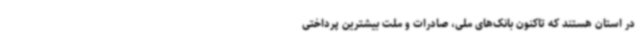
در استان هستند که تاکنون بانک‌های ملی، صادرات و ملت بیشترین پرداختی